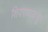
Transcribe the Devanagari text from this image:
शिवरायांकडून